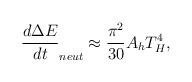
LaTeX: \begin{align*}\frac{d\Delta E}{dt}_{neut} \approx \frac{\pi^2}{30} A_{h} T_{H}^4,\end{align*}